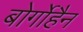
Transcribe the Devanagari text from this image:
बोर्गोहैन